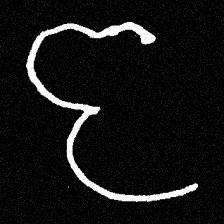
Pyu character \u2014 Myanmar letter: ဇ (romanized: ja)